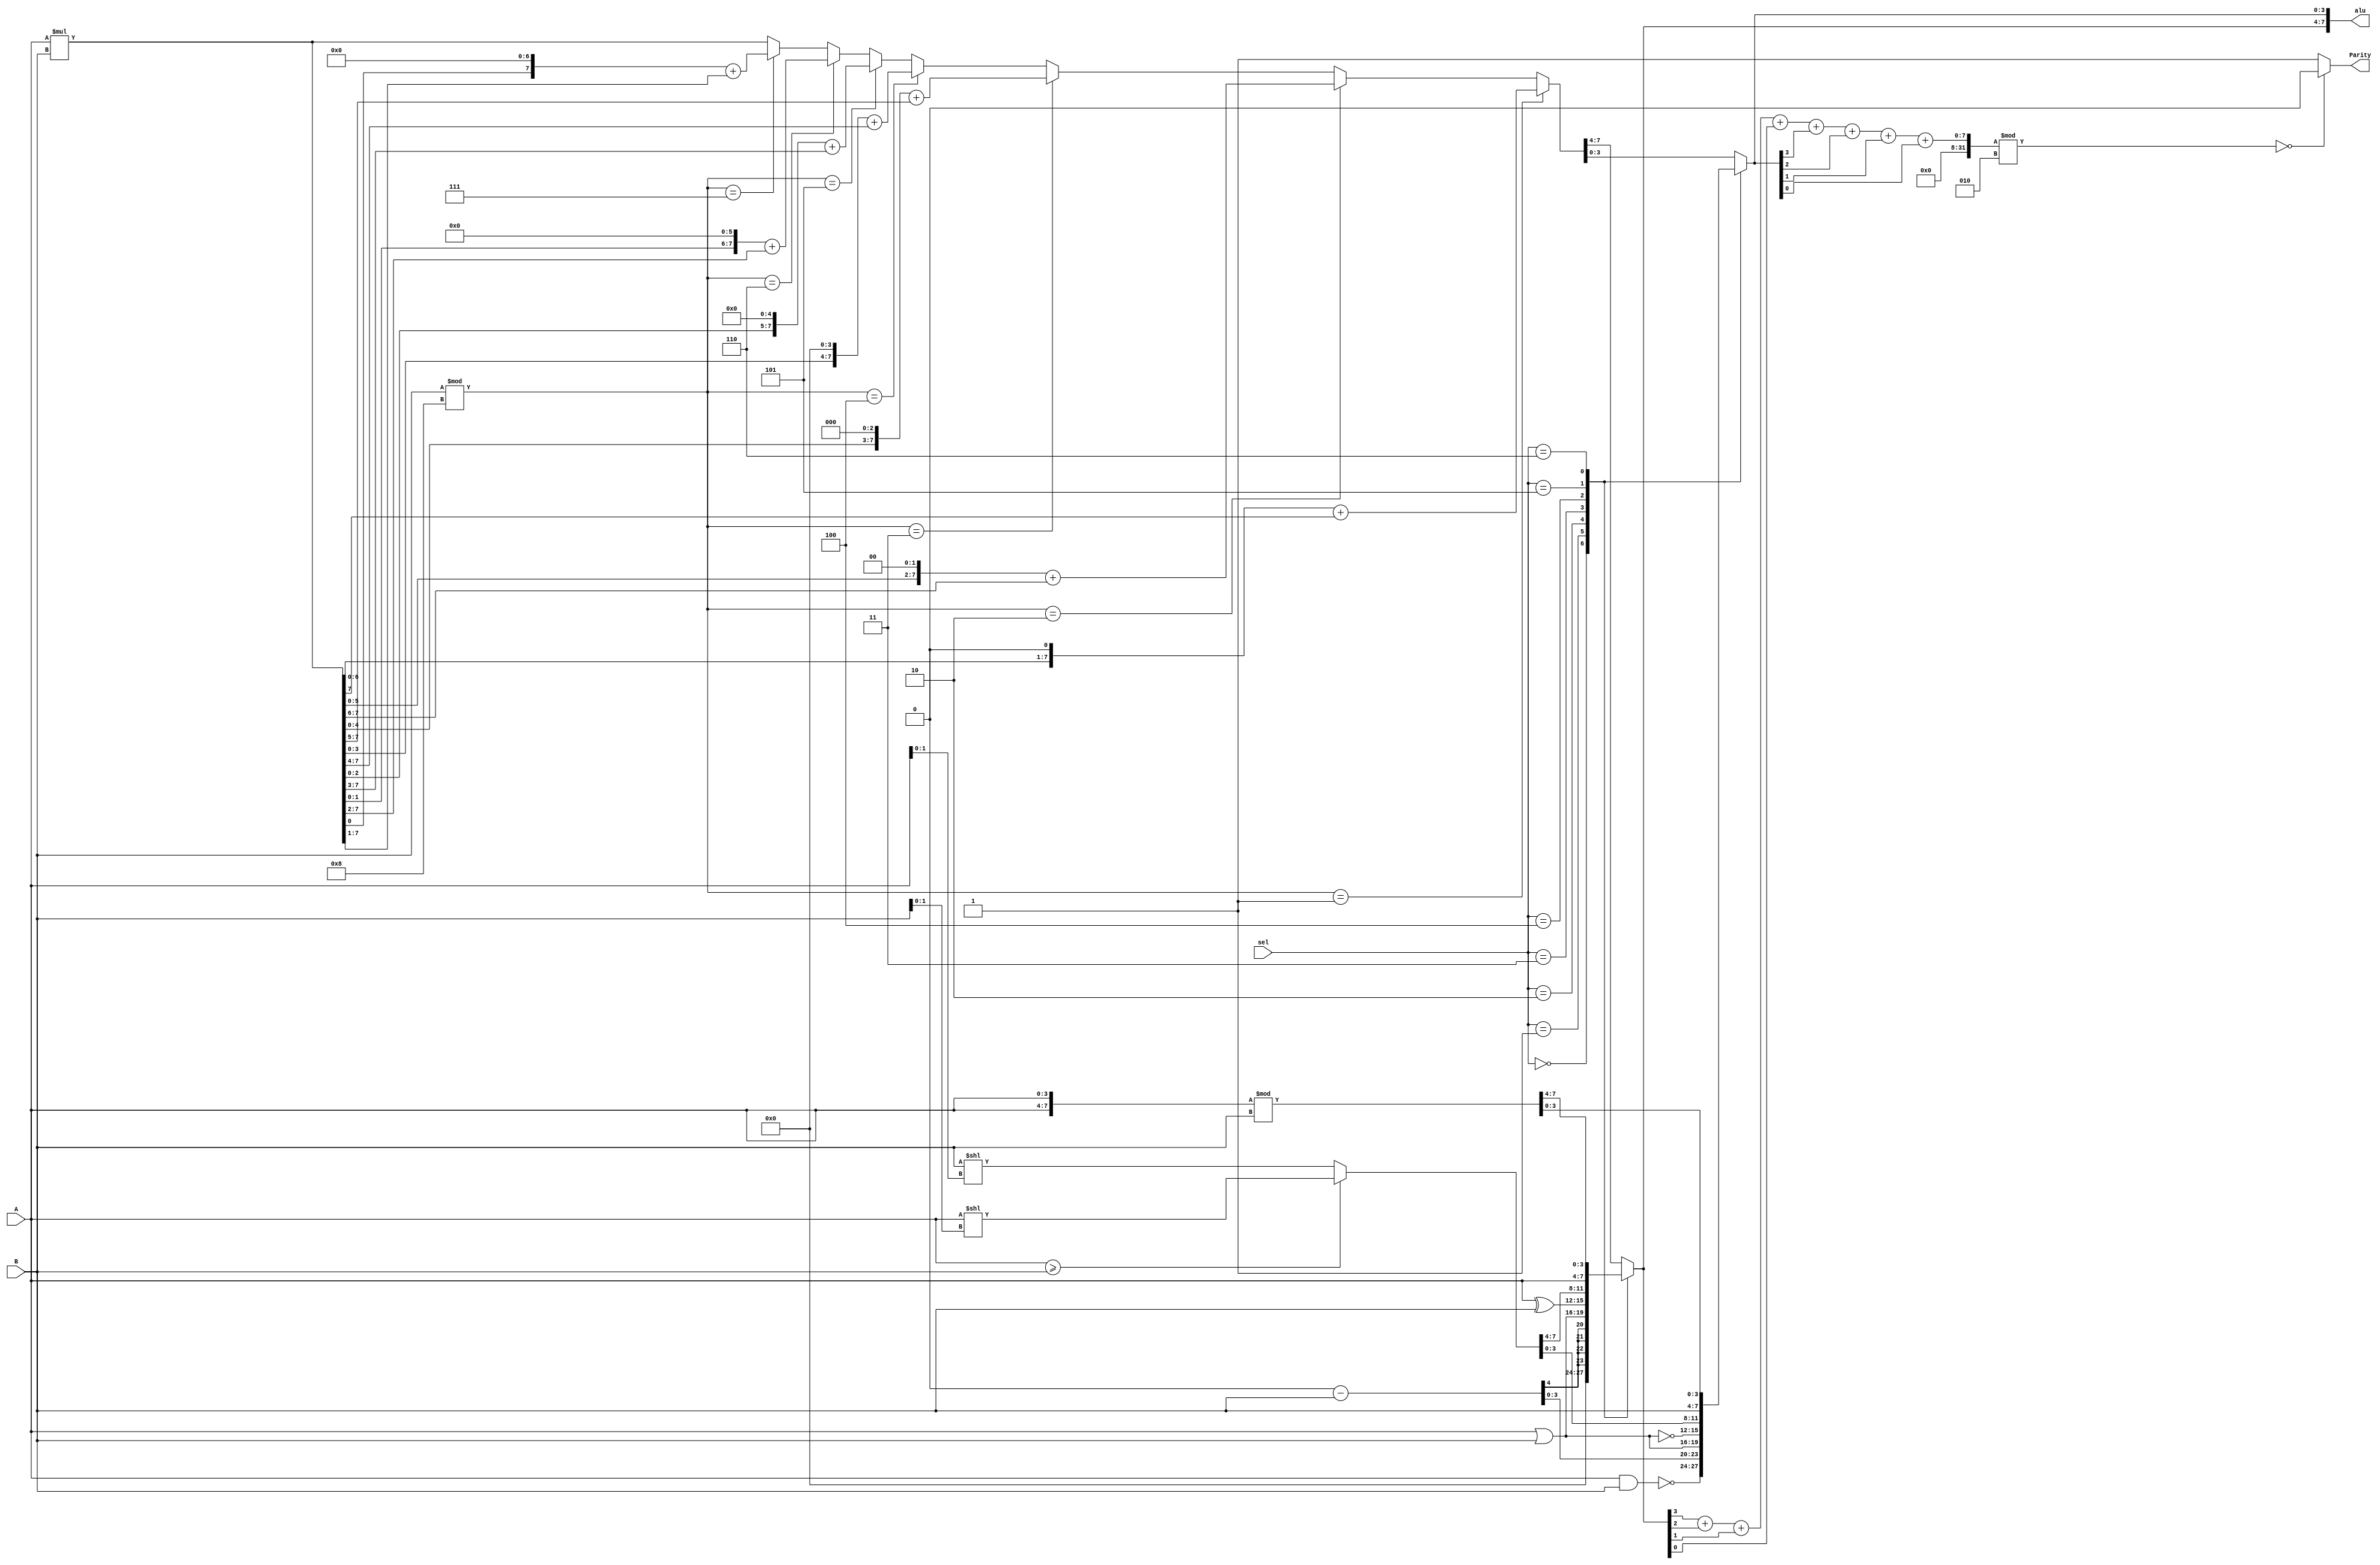
module hw4ALU(A,B,sel,alu,Parity);
input [3:0]B,A;
input [2:0]sel;
output [7:0]alu;
output Parity;
integer i;
integer j;
reg [7:0]alu,alu1,alu2;
reg Parity;
always@(*)
begin
// Finished
case(sel)
3'b000: begin alu[3:0]=~(A&B); alu[7:4]=2'b0000; end
3'b001: begin alu=9'b1000000000-B;end
3'b010: begin alu[7:4]=A|B; alu[3:0]=A|B;end
3'b011: begin alu[7:4]=A^B; alu[3:0]=~(A|B);end
3'b100: begin 
   if (A>=B)
   alu=A<<(B[1:0]);
   else 
   alu=B<<(A[1:0]);end

3'b101: begin alu[7:4]=A;alu[3:0]=B;end
3'b110: begin alu[7:4]=A;alu[3:0]=A;alu=alu%B;end
default: begin alu=A*B;
   if(B%8==1)begin
  alu1=alu<<1;
  alu2=alu>>7;
  alu=alu1+alu2;
 end
 else if(B%8==2)begin
  alu1=alu<<2;
  alu2=alu>>6;
  alu=alu1+alu2;
 end
 else if(B%8==3)begin
  alu1=alu<<3;
  alu2=alu>>5;
  alu=alu1+alu2;
 end
 else if(B%8==4)begin
  alu1=alu<<4;
  alu2=alu>>4;
  alu=alu1+alu2;
 end
 else if(B%8==5)begin
  alu1=alu<<5;
  alu2=alu>>3;
  alu=alu1+alu2;
 end
 else if(B%8==6)begin
  alu1=alu<<6;
  alu2=alu>>2;
  alu=alu1+alu2;
 end
 else if(B%8==7)begin
  alu1=alu<<7;
  alu2=alu>>1;
  alu=alu1+alu2;
 end
 else 
  alu=alu;
end 
endcase
j=alu[7]+alu[6]+alu[5]+alu[4]+alu[3]+alu[2]+alu[1]+alu[0];
if(j%2==0)begin
 Parity=0;
 end
else begin
 Parity=1;
 end
 
end
endmodule